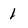
Character: 1